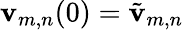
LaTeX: \mathbf{v}_{m,n}(0)=\tilde{{\mathbf{v}}}_{m,n}